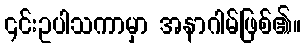
၎င်းဥပါသကာမှာ အနာဂါမ်ဖြစ်၏။